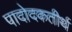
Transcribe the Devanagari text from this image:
पादोदकतीर्थ